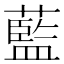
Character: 藍